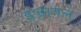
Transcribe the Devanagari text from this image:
इज्रायल